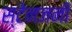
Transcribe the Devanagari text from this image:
स्टेनजनी